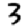
Digit: 3